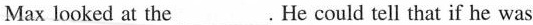
Max looked at the___. He could tell that if he was